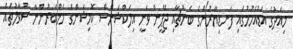
މިއަދުގެ އަޑުއެހުމުގައި ފަނޑިޔާރުންގެ ބެންޗާއި ޖޭޕީން ވަނީ އިލެކްޝަންސް ކޮމިޝަންގެ މެމްބަރުންނާ ސުވާލުތައް